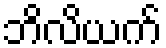
ဘိလိယက်